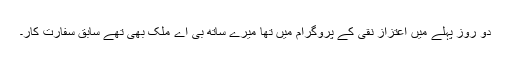
دو روز پہلے میں اعتزاز نقی کے پروگرام میں تھا میرے ساتھ بی اے ملک بھی تھے سابق سفارت کار۔